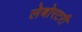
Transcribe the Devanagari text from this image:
लेबोरटरी